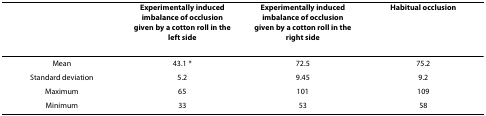
<table><thead><tr><td></td><td><b>Experimentally induced imbalance of occlusion given by a cotton roll in the left side</b></td><td><b>Experimentally induced imbalance of occlusion given by a cotton roll in the right side</b></td><td><b>Habitual occlusion</b></td></tr></thead><tbody><tr><td>Mean</td><td>43.1 *</td><td>72.5</td><td>75.2</td></tr><tr><td>Standard deviation</td><td>5.2</td><td>9.45</td><td>9.2</td></tr><tr><td>Maximum</td><td>65</td><td>101</td><td>109</td></tr><tr><td>Minimum</td><td>33</td><td>53</td><td>58</td></tr></tbody></table>